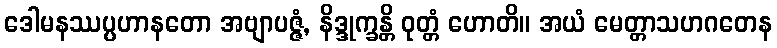
ဒေါမနဿပ္ပဟာနတော အဗျာပဇ္ဇံ, နိဒ္ဒုက္ခန္တိ ဝုတ္တံ ဟောတိ။ အယံ မေတ္တာသဟဂတေန